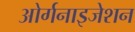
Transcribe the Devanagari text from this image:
ओर्गनाइजेशन